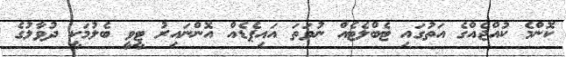
ކޮންމެ ކުއްޖެއްގެ އަތުގައި ޓެބްލެޓެއް ނުވަތަ އައިޕެޑެއް އޮންނައިރު ޓީވީ ބެލުމަކީ ދުވާލުގެ